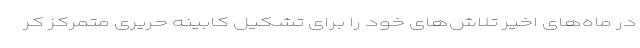
در ماه‌های اخیر تلاش‌های خود را برای تشکیل کابینه حریری متمرکز کر